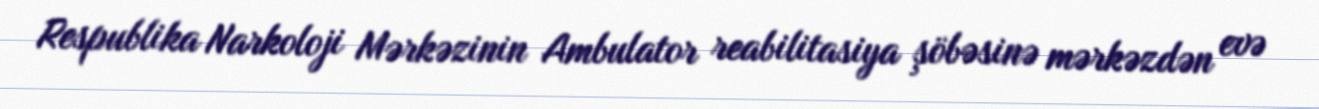
Respublika Narkoloji Mərkəzinin Ambulator reabilitasiya şöbəsinə mərkəzdən evə